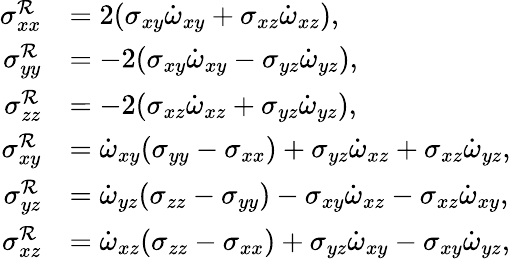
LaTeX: \begin{array}{rl}{\sigma_{xx}^{\mathcal{R}}}&{=2(\sigma_{xy}\dot{\omega}_{xy}+\sigma_{xz}\dot{\omega}_{xz}),}\\ {\sigma_{yy}^{\mathcal{R}}}&{=-2(\sigma_{xy}\dot{\omega}_{xy}-\sigma_{yz}\dot{\omega}_{yz}),}\\ {\sigma_{zz}^{\mathcal{R}}}&{=-2(\sigma_{xz}\dot{\omega}_{xz}+\sigma_{yz}\dot{\omega}_{yz}),}\\ {\sigma_{xy}^{\mathcal{R}}}&{=\dot{\omega}_{xy}(\sigma_{yy}-\sigma_{xx})+\sigma_{yz}\dot{\omega}_{xz}+\sigma_{xz}\dot{\omega}_{yz},}\\ {\sigma_{yz}^{\mathcal{R}}}&{=\dot{\omega}_{yz}(\sigma_{zz}-\sigma_{yy})-\sigma_{xy}\dot{\omega}_{xz}-\sigma_{xz}\dot{\omega}_{xy},}\\ {\sigma_{xz}^{\mathcal{R}}}&{=\dot{\omega}_{xz}(\sigma_{zz}-\sigma_{xx})+\sigma_{yz}\dot{\omega}_{xy}-\sigma_{xy}\dot{\omega}_{yz},}\end{array}